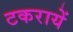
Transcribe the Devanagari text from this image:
टकरायें